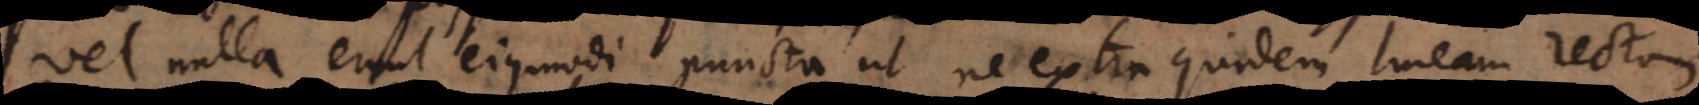
vel nulla erunt ejusmodi puncta ut ne extra quidem lineam rectam